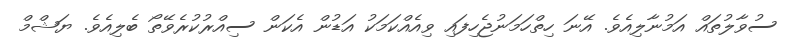
ސުވާލުތައް އަމުނާލިއެވެ. އޭނަ ހިތްހަމަނުޖެހިފައި ވިއެއްކަމަކު އަޑުން އެކަން ސިއްރުކުރެވޭތޯ ބެލިއެވެ. ޔަޝްމް